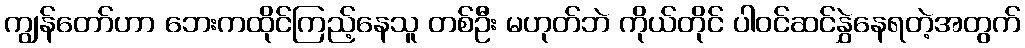
ကျွန်တော်ဟာ ဘေးကထိုင်ကြည့်နေသူ တစ်ဦး မဟုတ်ဘဲ ကိုယ်တိုင် ပါဝင်ဆင်နွှဲနေရတဲ့အတွက်